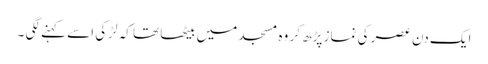
ایک دن عصر کی نماز پڑھ کر وہ مسجد میں بیٹھا تھا کہ لڑکی اسے کہنے لگی ۔